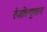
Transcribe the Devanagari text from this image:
रेजोल्युशन